Lunatic asylums United Provinces 1909-1921 - 1909-1921
Year: 1909
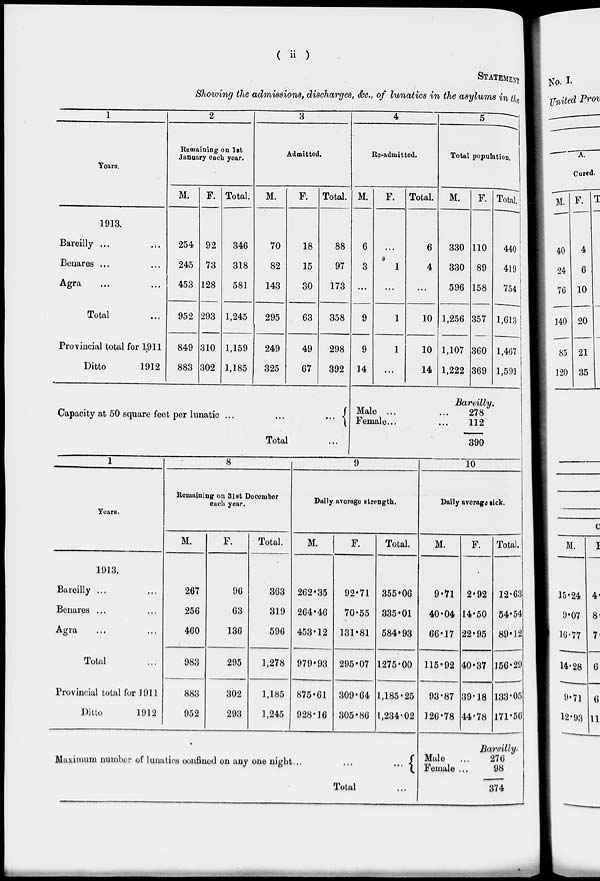
( ii )
STATEMENT
Showing the admissions, discharges, &c, of lunatics in the asylums in j/ w
1
2
3
4
5
Years.
Remaining on 1st
January each year.
Admitted
lie-admitted.
Total population.
M.
F. Total.
M.
F.
Total. M.
F.
Total.
M.
F. Total.!
1913.
Bareilly ...
254 92
346
70
18
88
6
...
6
330 110
440 !
1
Benares ...
245 73
318
82
15
97
3
i
1
4
330 89
419
Agra
453 128
293
310
581
143
30
173
9
9
...
...
596 158
357
360
754
1,613
i
Total
952
1,245
295
63
358
1
10 1,256
Provincial total for 1911
849
1,159
249
49
298
1
10 1,107
1,467 1
Ditto
1912
883 302 1,185
325
67
392 14
...
14 1,222 369 1,591
Capacity at 50 square feet per lunatic ...
...
-{
Bareilly.
Male ...
...
278
Female...
...
112
Tota 1
...
390
Years.
1913.
Bareilly ...
Benares ...
Agra
Total
Provincial total for 1911
Ditto
1912
8
Remaining on 31st Docember
each year.
M.
267
256
460
983
883
952
F.
96
63
136
295
302
293
Total.
363
319
596
1,278
1,185
1,245
9
Daily average strength.
M.
F.
262*35
264*46
453'12
979*93
875-61
928-16
92*71
70-55
131*81
295*07
309*64
Total.
355*06
335*01
584*93
1275-00
1,185*25
305*86 1,234-02
10
Daily average sick.
M.
9-71
40-04
66*17
115*92
Maximum number of lunatics confined on any one night...
...{
Total
93-87
126•78
F.
2*92
14*50
22*95
40*37
Total.
39-18
44-78
12-63
54*54
89*12
156-29
133-05
171-50
Bareilly-
Male
...
276
Female...
98
374
No. I.
United Prov
A.
Cured.
M. F. T
40
24
76
140
85
120
4
6
10
20
21
35
M.
1
15*24
9*07
10-77
14-28
4-
8-
7
9*71 6
G
12-93 11